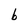
Character: b